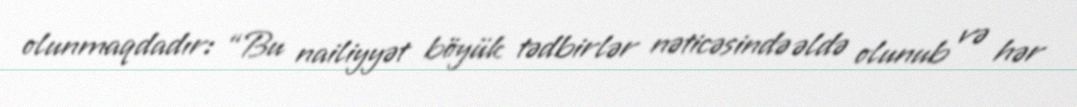
olunmaqdadır: “Bu nailiyyət böyük tədbirlər nəticəsində əldə olunub və hər